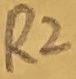
Text: R2